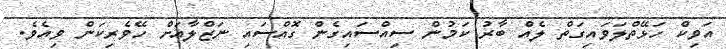
އަވިކް ހަޅޭތްލަވައިގަތް ލެއް ބާރު ކަމުން ސިއްސައިގެން ގޮއްސައި ނަޒްލާއަށް ހޭވެރިކަން ވިއެވެ.